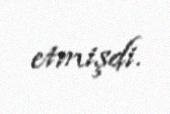
etmişdi.